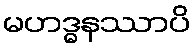
မဟဒ္ဓနဿာပိ